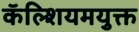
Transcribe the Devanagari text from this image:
कॅल्शियमयुक्त